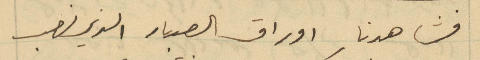
فشاهدنا اوراق الصبار الذي نصب